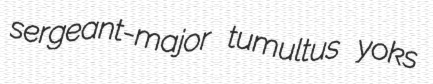
sergeant-major tumultus yoks